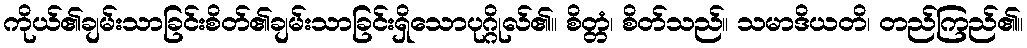
ကိုယ်၏ချမ်းသာခြင်းစိတ်၏ချမ်းသာခြင်းရှိသောပုဂ္ဂိုလ်၏။ စိတ္တံ၊ စိတ်သည်။ သမာဒိယတိ၊ တည်ကြည်၏။